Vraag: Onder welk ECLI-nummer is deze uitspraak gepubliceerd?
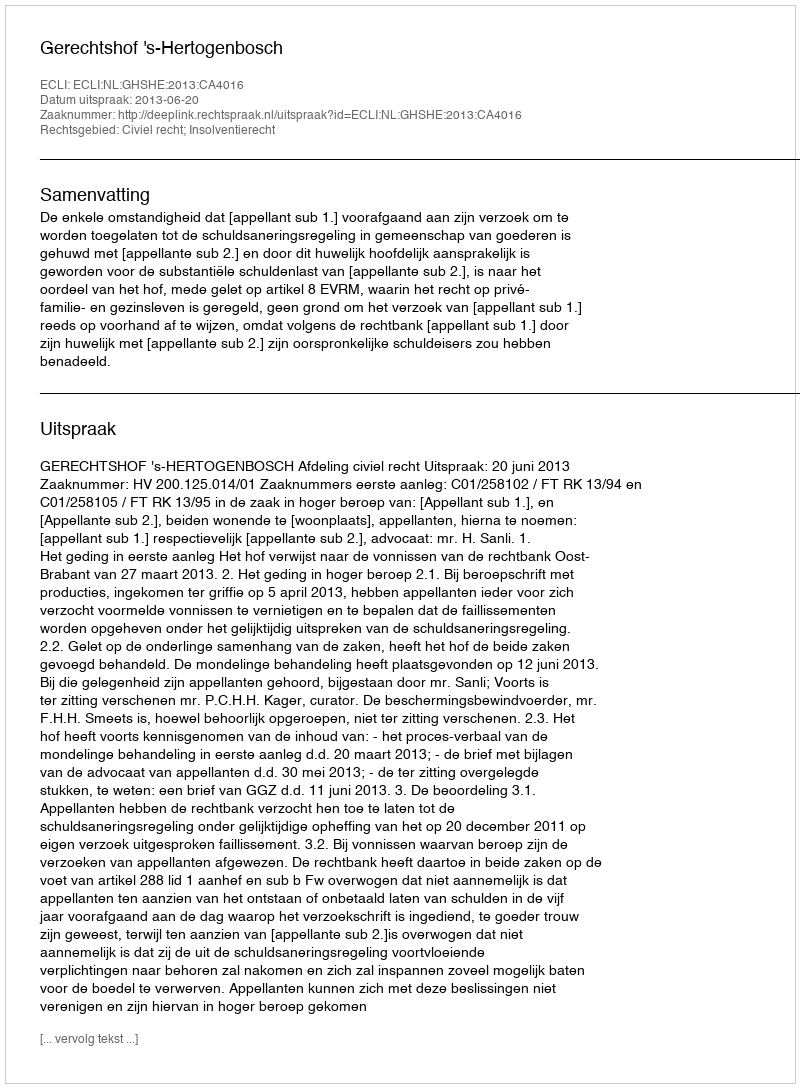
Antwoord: ECLI:NL:GHSHE:2013:CA4016